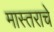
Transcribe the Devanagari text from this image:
मास्तराचे